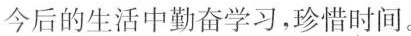
今后的生活中勤奋学习，珍惜时间。